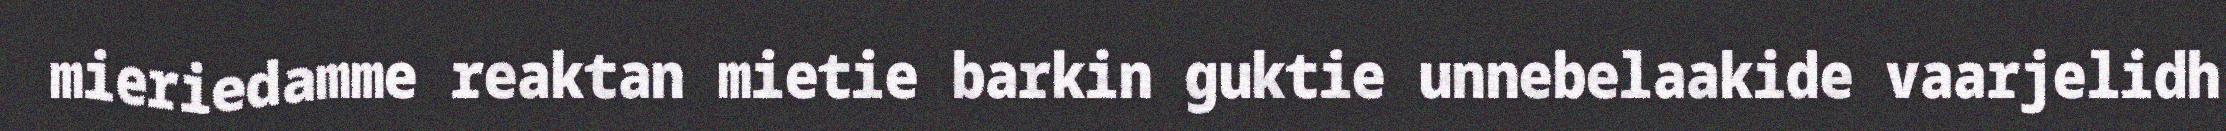
mieriedamme reaktan mietie barkin guktie unnebelaakide vaarjelidh